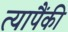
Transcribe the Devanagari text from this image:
त्यापैंकी